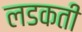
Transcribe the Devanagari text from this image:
लडकती